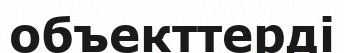
объекттерді